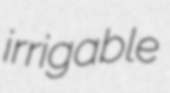
irrigable